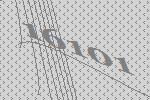
16101